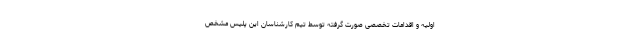
اولیه و اقدامات تخصصی صورت گرفته توسط تیم کارشناسان این پلیس مشخص